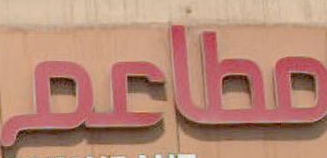
مطاعم